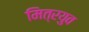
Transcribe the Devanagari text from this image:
मित्रयुव